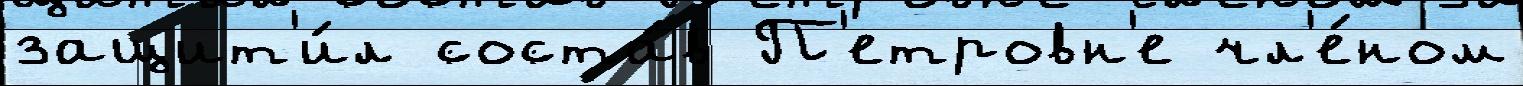
защит'и́л соста́в П'етровн'е чл'е́ном